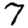
Digit: 7